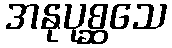
အနုပုစ္ဆသေ